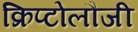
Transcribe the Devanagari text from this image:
क्रिप्टोलौजी